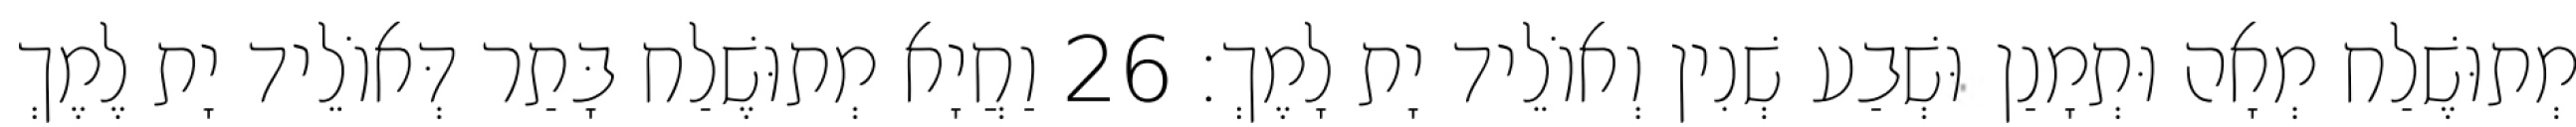
מְתוּשֶׁלַח מְאָה וּתְמָנַן וּשְׁבַע שְׁנִין וְאוֹלֵיד יָת לָמֶךְ׃ 26 וַחֲיָא מְתוּשֶׁלַח בָּתַר דְּאוֹלֵיד יָת לֶמֶךְ